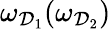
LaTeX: \omega_{\mathcal{D}_{1}}(\omega_{\mathcal{D}_{2}})